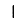
Digit: 1